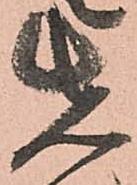
先